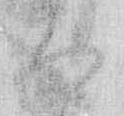
ろ